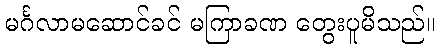
မင်္ဂလာမဆောင်ခင် မကြာခဏ တွေးပူမိသည်။